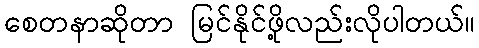
စေတနာဆိုတာ မြင်နိုင်ဖို့လည်းလိုပါတယ်။